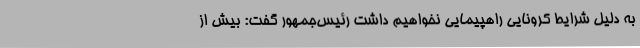
به دلیل شرایط کرونایی راهپیمایی نخواهیم داشت رئیس‌جمهور گفت: بیش از